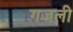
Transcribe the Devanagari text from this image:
गजली